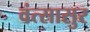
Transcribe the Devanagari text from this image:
वंत्सासुर